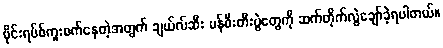
ဗိုင်းရပ်စ်ကူးစက်နေတဲ့အတွက် ချယ်လ်ဆီး မန်စီးတီးပွဲတွေကို ဆက်တိုက်လွဲချော်ခဲ့ရပါတယ်။